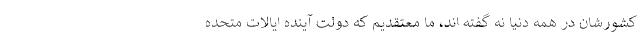
کشورشان در همه دنیا نه گفته اند، ما معتقدیم که دولت آینده ایالات متحده